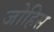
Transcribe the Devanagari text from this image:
जोहिस